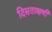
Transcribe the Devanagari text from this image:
दिसताक्षणी